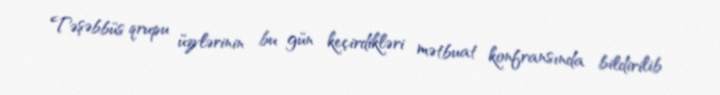
Təşəbbüs qrupu üzvlərinin bu gün keçirdikləri mətbuat konfransında bildirilib